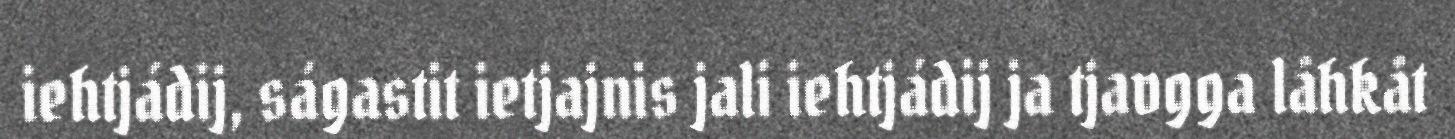
iehtjádij, ságastit ietjajnis jali iehtjádij ja tjavgga låhkåt